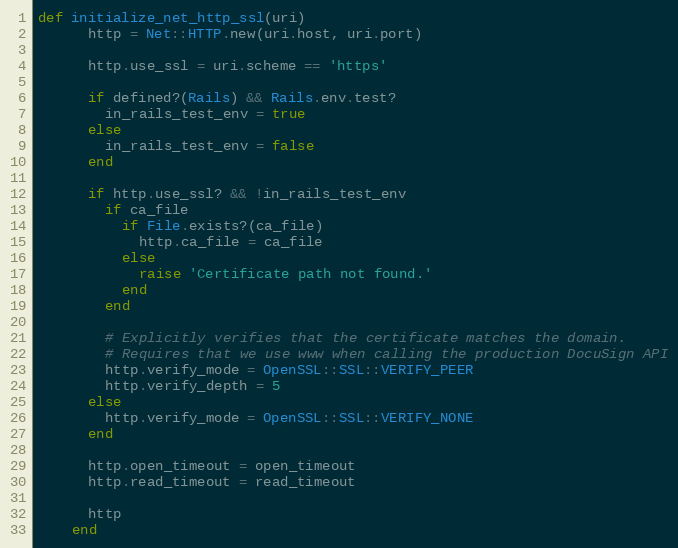
Language: Ruby
def initialize_net_http_ssl(uri)
      http = Net::HTTP.new(uri.host, uri.port)

      http.use_ssl = uri.scheme == 'https'

      if defined?(Rails) && Rails.env.test?
        in_rails_test_env = true
      else
        in_rails_test_env = false
      end

      if http.use_ssl? && !in_rails_test_env
        if ca_file
          if File.exists?(ca_file)
            http.ca_file = ca_file
          else
            raise 'Certificate path not found.'
          end
        end

        # Explicitly verifies that the certificate matches the domain.
        # Requires that we use www when calling the production DocuSign API
        http.verify_mode = OpenSSL::SSL::VERIFY_PEER
        http.verify_depth = 5
      else
        http.verify_mode = OpenSSL::SSL::VERIFY_NONE
      end

      http.open_timeout = open_timeout
      http.read_timeout = read_timeout

      http
    end